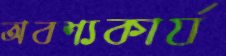
অবশ্যকার্য